Report on horse surra - Volume I
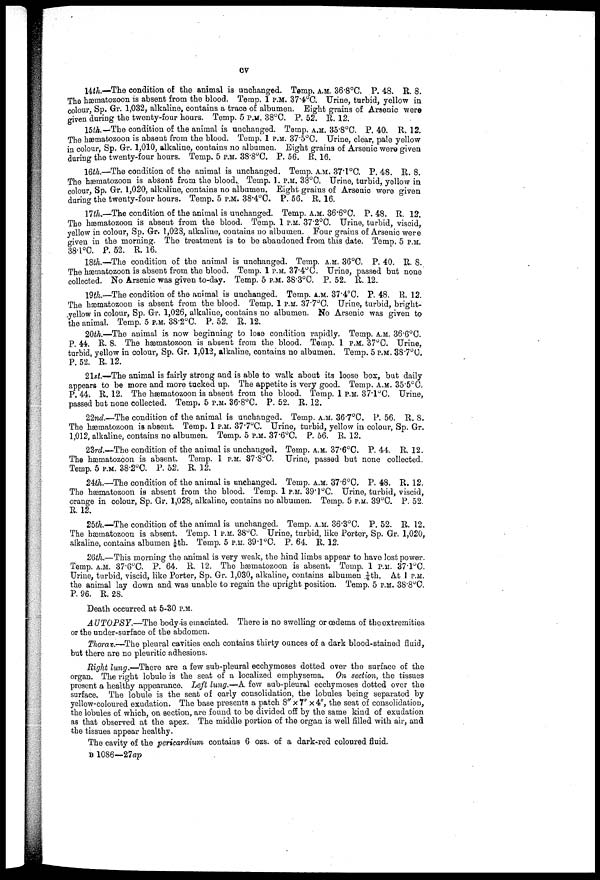
cv
14th.—The condition of the animal is unchanged. Temp. A.M. 36.8°C. P. 48. E. 8.
The hæmatozoon is absent from the blood. Temp. 1 P.M. 37.4°C. Urine, turbid, yellow in
colour, Sp. Gr. 1,032, alkaline, contains a trace of albumen. Eight grains of Arsenic were
given during the twenty-four hours. Temp. 5 P.M. 38°C. P. 52. E. 12.
15th.— The condition of the animal is unchanged. Temp. A.M. 35.8°C. P. 40. E. 12.
The hæmatozoon is absent from the blood. Temp. 1 P.M. 37.5°C. Urine, clear, pale yellow
in colour, Sp. Gr. 1,010, alkaline, contains no albumen. Eight grains of Arsenic were given
during the twenty-four hours. Temp. 5 P.M. 38.8°C. P. 56. R. 16.
16th.—The condition of the animal is unchanged. Temp. A.M. 37.1°C. P. 48. E. 8.
The hæmatozoon is absent from the blood. Temp. 1. P.M. 38°C. Urine, turbid, yellow in
colour, Sp. Gr. 1,020, alkaline, contains no albumen. Eight grains of Arsenic were given
during the twenty-four hours. Temp. 5 P.M. 38.4°C. P. 56. E. 16.
17th.—The condition of the animal is unchanged. Temp. A.M. 36.6°C. P. 48. E. 12.
The hæmatozoon is absent from, the blood. Temp. 1 P.M. 37.2°C. Urine, turbid, viscid,
yellow in colour, Sp. Gr. 1,028, alkaline, contains no albumen. Four grains of Arsenic were
given in the morning. The treatment is to be abandoned from this date. Temp. 5 P.M
38.l°C. P. 52. R. 16.
18th.—The condition of the animal is unchanged. Temp. A.M. 36°C. P. 40. E. 8.
The hæmatozoon is absent from the blood. Temp. 1 P.M. 37.4°C. Urine, passed but none
collected. No Arsenic was given to-day. Temp. 5 P.M. 38.3°C. P. 52. E. 12.
19th,—The condition of the animal is unchanged. Temp. A.M. 37.4°C. P. 48. E. 12.
The hæmatozoon is absent from the blood. Temp. 1 P.M. 37.7°C. Urine, turbid, bright-
yellow in colour, Sp. Gr. 1,026, alkaline, contains no albumen. No Arsenic was given to
the animal. Temp. 5 P.M. 38.2°C. P. 52. E. 12.
20th.—The animal is now beginning to lose condition rapidly. Temp. A.M. 36.6°C.
P. 44. R. 8. The hæmatozoon is absent from the blood. Temp. 1 P.M. 37°C. Urine,
turbid, yellow in colour, Sp. Gr. 1,012, alkaline, contains no albumen. Temp. 5 P.M. 38.7°C.
P. 52. E. 12.
21st.—The animal is fairly strong and is able to walk about its loose box, but daily
appears to be more and more tucked up. The appetite is very good. Temp. A.M. 35.5°C.
P. 44. E. 12. The hæmatozoon is absent from the blood. Temp. 1 P.M. 37.1°C. Urine,
passed but none collected. Temp. 5 P.M. 36.8°C. P. 52. E. 12.
22nd.—The condition of the animal is unchanged. Temp. A.M. 367°C, P. 56. E. 8.
The hæmatozoon is absent. Temp. 1 P.M. 37.7°C. Urine, turbid, yellow in colour, Sp. Gr.
1,012, alkaline, contains no albumen. Temp. 5 P.M. 37.6°C. P. 56. E. 12.
23rd.—The condition of the animal is unchanged. Temp. A.M. 37.6°C. P. 44. E. 12.
The hæmatozoon is absent. Temp. 1 P.M. 87.8°C. Urine, passed but none collected.
Temp. 5 P.M. 38.2°C. P. 52. E. 12.
24th.—The condition of the animal is unchanged. Temp. A.M. 37.6°C. P. 48. R. 12.
The hæmatozoon is absent from the blood. Temp. 1 P.M. 39.1°C. Urine, turbid, viscid,
orange in colour, Sp. Gr. 1,028, alkaline, contains no albumen. Temp. 5 P.M. 39°C. P. 52.
E. 12.
25th.—The condition of the animal is unchanged. Temp. A.M. 36.3°C. P. 52. E. 12.
The hæmatozoon is absent. Temp. 1 P.M. 38°C. Urine, turbid, like Porter, Sp. Gr. 1,020,
alkaline, contains albumen ⅛th. Temp. 5 P.M. 39.1°C. P. 64. E. 12.
26th.—This morning the animal is very weak, the hind limbs appear to have lost power.
Temp. A.M. 37.6°C. P. 64. E. 12. The hæmatozoon is absent. Temp. 1 P.M. 37.1°C.
Urine, turbid, viscid, like Porter, Sp. Gr. 1,030, alkaline, contains albumen .¼th. At 1 P.M.
the animal lay down and was unable to regain the upright position. Temp. 5 P.M. 38.8°C.
P. 96. E. 28.
Death occurred at 5-30 P.M.
AUTOPSY.—The body-is emaciated. There is no swelling or œdema of the extremities
or the under-surface of the abdomen.
Thorax.—The pleural cavities each contains thirty ounces of a dark blood-stained fluid,
but there are no pleuritic adhesions.
Right lung.—There are a few sub-pleural ecchymoses dotted over the surface of the
organ. The right lobule is the seat of a localized emphysema. On section, the tissues
present a healthy appearance. Left lung.—A few sub-pleural ecchymoses dotted over the
surface. The lobule is the seat of early consolidation, the lobules being separated by
yellow-coloured exudation. The base presents a patch 8" x V x 4", the seat of consolidation,
the lobules of which, on section, are found to be divided off by the same kind of exudation
as that observed at the apex. The middle portion of the organ is well filled with air, and
the tissues appear healthy.
The cavity of the pericardium contains 6 ozs. of a dark-red coloured fluid.
B 1086—27ap